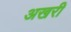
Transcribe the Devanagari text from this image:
अखरी